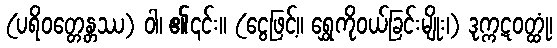
(ပရိဝတ္တေန္တဿ) ဝါ၊ ၏၎င်း။ (ငွေဖြင့်။ ရွှေကိုဝယ်ခြင်းမျိုး၊) ဒုက္ကဋဝတ္ထုံ၊